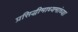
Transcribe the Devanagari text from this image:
प्रसिद्धीमाध्यमांच्या